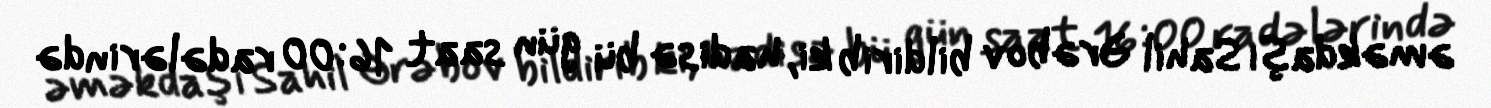
əməkdaşı Sahil Ərəbov bildirib ki, hadisə bü gün saat 16:00 radələrində